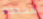
محددة